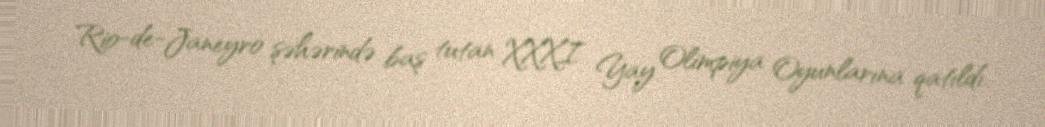
Rio-de-Janeyro şəhərində baş tutan XXXI Yay Olimpiya Oyunlarına qatıldı.